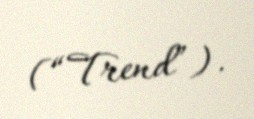
(“Trend”).